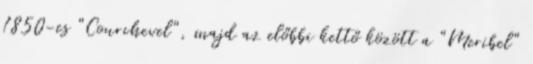
1850-es "Courchevel", majd az előbbi kettő között a "Meribel"